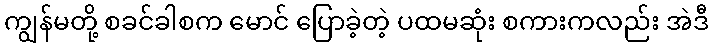
ကျွန်မတို့ စခင်ခါစက မောင် ပြောခဲ့တဲ့ ပထမဆုံး စကားကလည်း အဲဒီ